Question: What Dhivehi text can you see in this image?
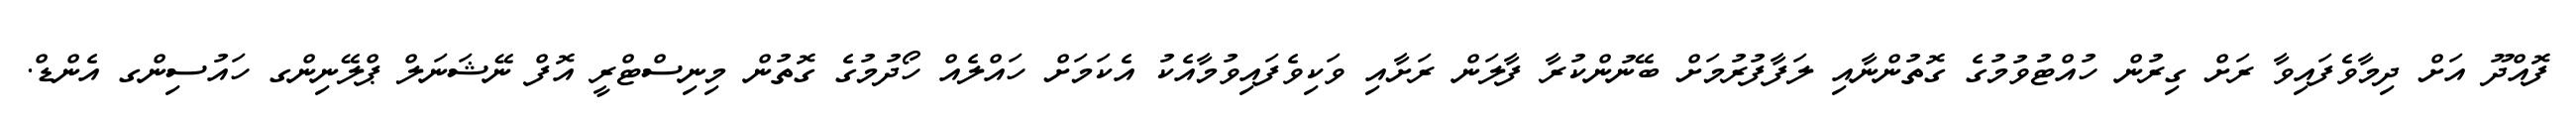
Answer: ފޮއްދޫ އަށް ދިމާވެފައިވާ ރަށް ގިރުން ހުއްޓުވުމުގެ ގޮތުންނާއި ލަފާފުރުމަށް ބޭނުންކުރާ ފާލަން ރަށާއި ވަކިވެފައިވުމާއެކު އެކަމަށް ހައްލެއް ހޯދުމުގެ ގޮތުން މިނިސްޓްރީ އޮފް ނޭޝަނަލް ޕްލޭނިންގ ހައުސިންގ އެންޑް.